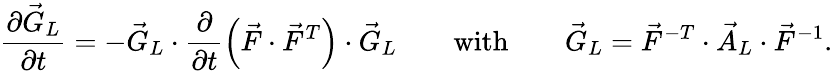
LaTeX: \frac{\partial\vec{G}_{L}}{\partial t}=-\vec{G}_{L}\cdot\frac{\partial}{\partial t}\left(\vec{F}\cdot\vec{F}^{T}\right)\cdot\vec{G}_{L}\qquad\mathrm{with}\qquad\vec{G}_{L}=\vec{F}^{-T}\cdot\vec{A}_{L}\cdot\vec{F}^{-1}.